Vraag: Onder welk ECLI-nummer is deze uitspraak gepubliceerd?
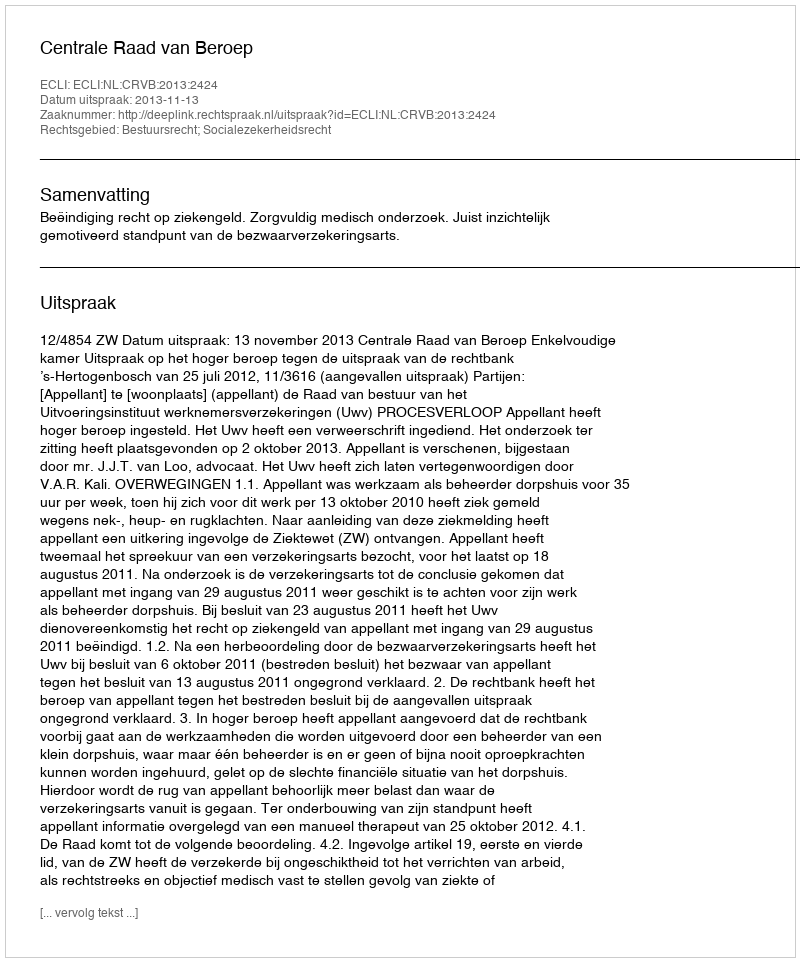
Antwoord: ECLI:NL:CRVB:2013:2424